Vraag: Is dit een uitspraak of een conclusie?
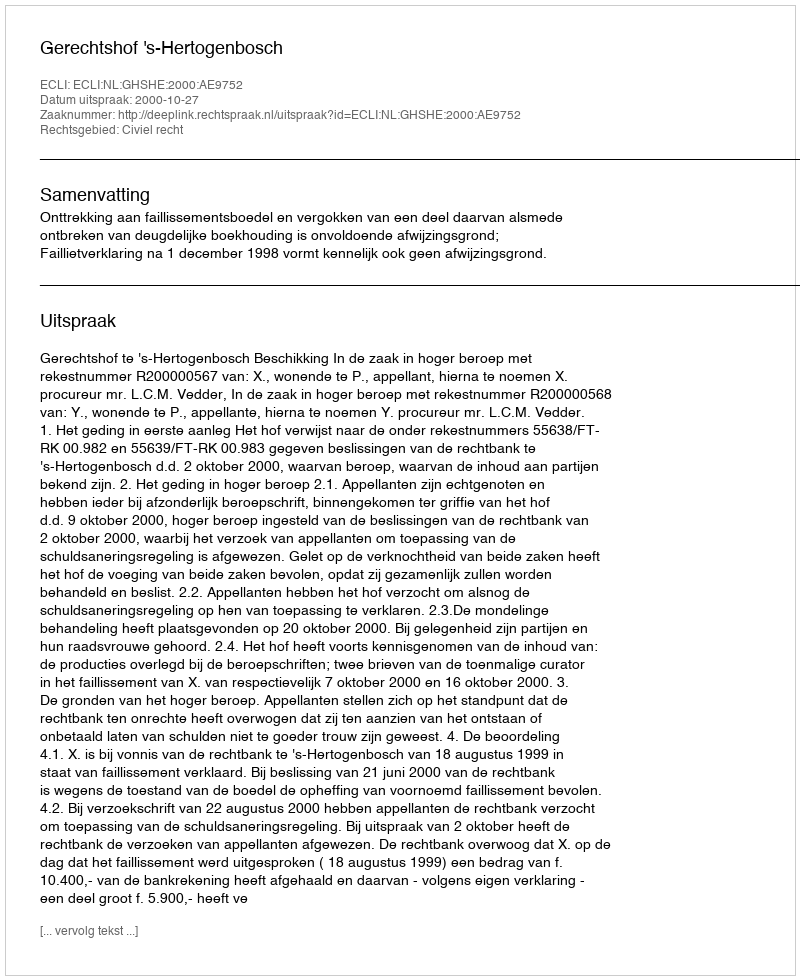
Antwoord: Uitspraak